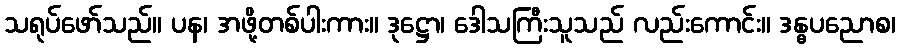
သရုပ်ဖော်သည်။ ပန၊ အဖို့တစ်ပါးကား။ ဒုဋ္ဌော၊ ဒေါသကြီးသူသည် လည်းကောင်း။ ဒန္ဓပညောစ၊